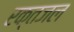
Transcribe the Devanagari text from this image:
रक्तजल